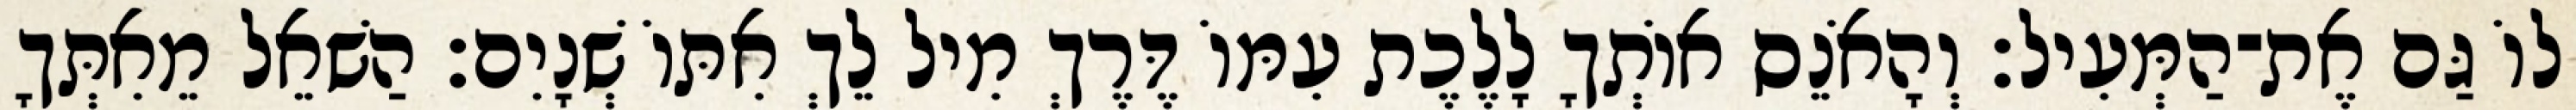
לוֹ גַּם אֶת־הַמְּעִיל׃ וְהָאֹנֵס אוֹתְךָ לָלֶכֶת עִמּוֹ דֶּרֶךְ מִיל לֵךְ אִתּוֹ שְׁנָיִם׃ הַשׁאֵל מֵאִתְּךָ